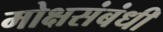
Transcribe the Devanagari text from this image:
मोक्षसंबंधी